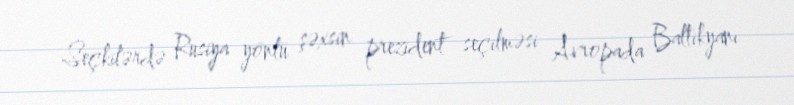
Seçkilərdə Rusiya yönlü şəxsin prezident seçilməsi Avropada Baltikyanı